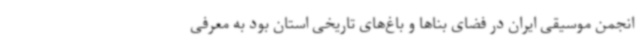
انجمن موسیقی ایران در فضای بناها و باغ‌های تاریخی استان بود به معرفی